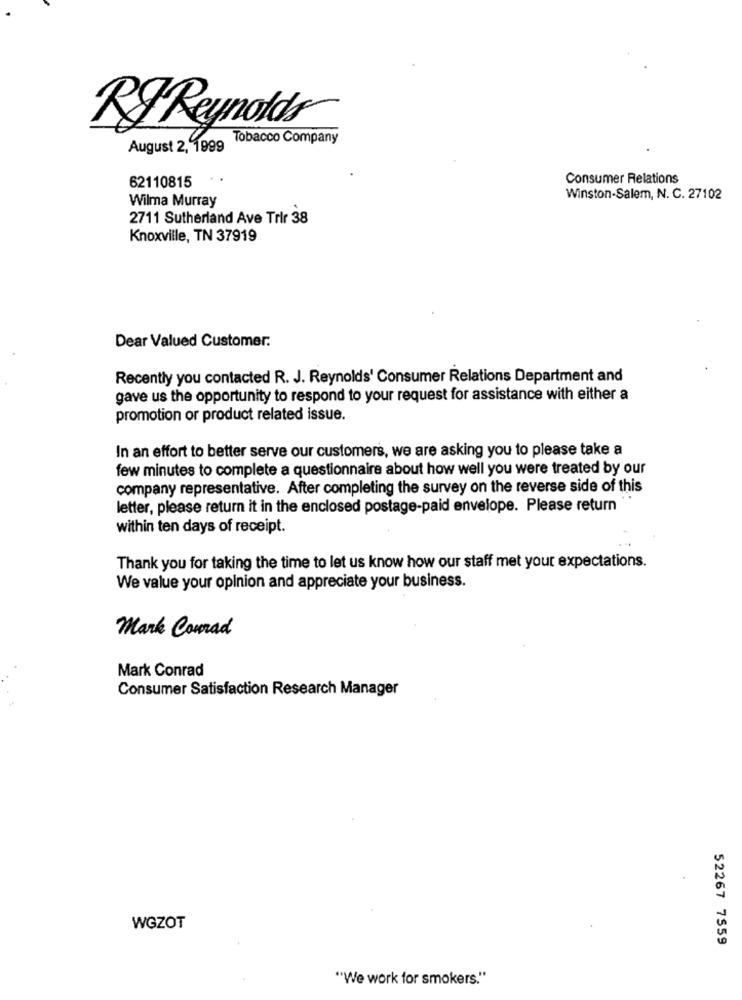
RJ Reynolds
Tobacco Company
August 2, 1999
Consumer Relations
62110815
Wilma Murray
Winston-Salem, N. C. 27102
2711 Sutherland Ave Trir 38
Knoxville, TN 37919
Dear Valued Customer.
Recently you contacted R. J. Reynolds' Consumer Relations Department and
gave us the opportunity to respond to your request for assistance with either a
promotion or product related issue.
In an effort to better serve our customers, we are asking you to please take a
few minutes to complete a questionnaire about how well you were treated by our
company representative. After completing the survey on the reverse side of this
letter, please return it in the enclosed postage-paid envelope. Please return
within ten days of receipt.
Thank you for taking the time to let us know how our staff met your expectations.
We value your opinion and appreciate your business.
Mark Conrad
Mark Conrad
Consumer Satisfaction Research Manager
WGZOT
52267 7559
"We work for smokers."